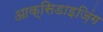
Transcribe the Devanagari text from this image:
आक्सिडाइज़िंग